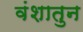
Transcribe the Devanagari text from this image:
वंशातुन